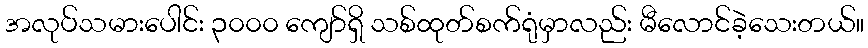
အလုပ်သမားပေါင်း ၃၀၀၀ ကျော်ရှိ သစ်ထုတ်စက်ရုံမှာလည်း မီလောင်ခဲ့သေးတယ်။